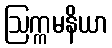
ဩက္ကမနိယာ